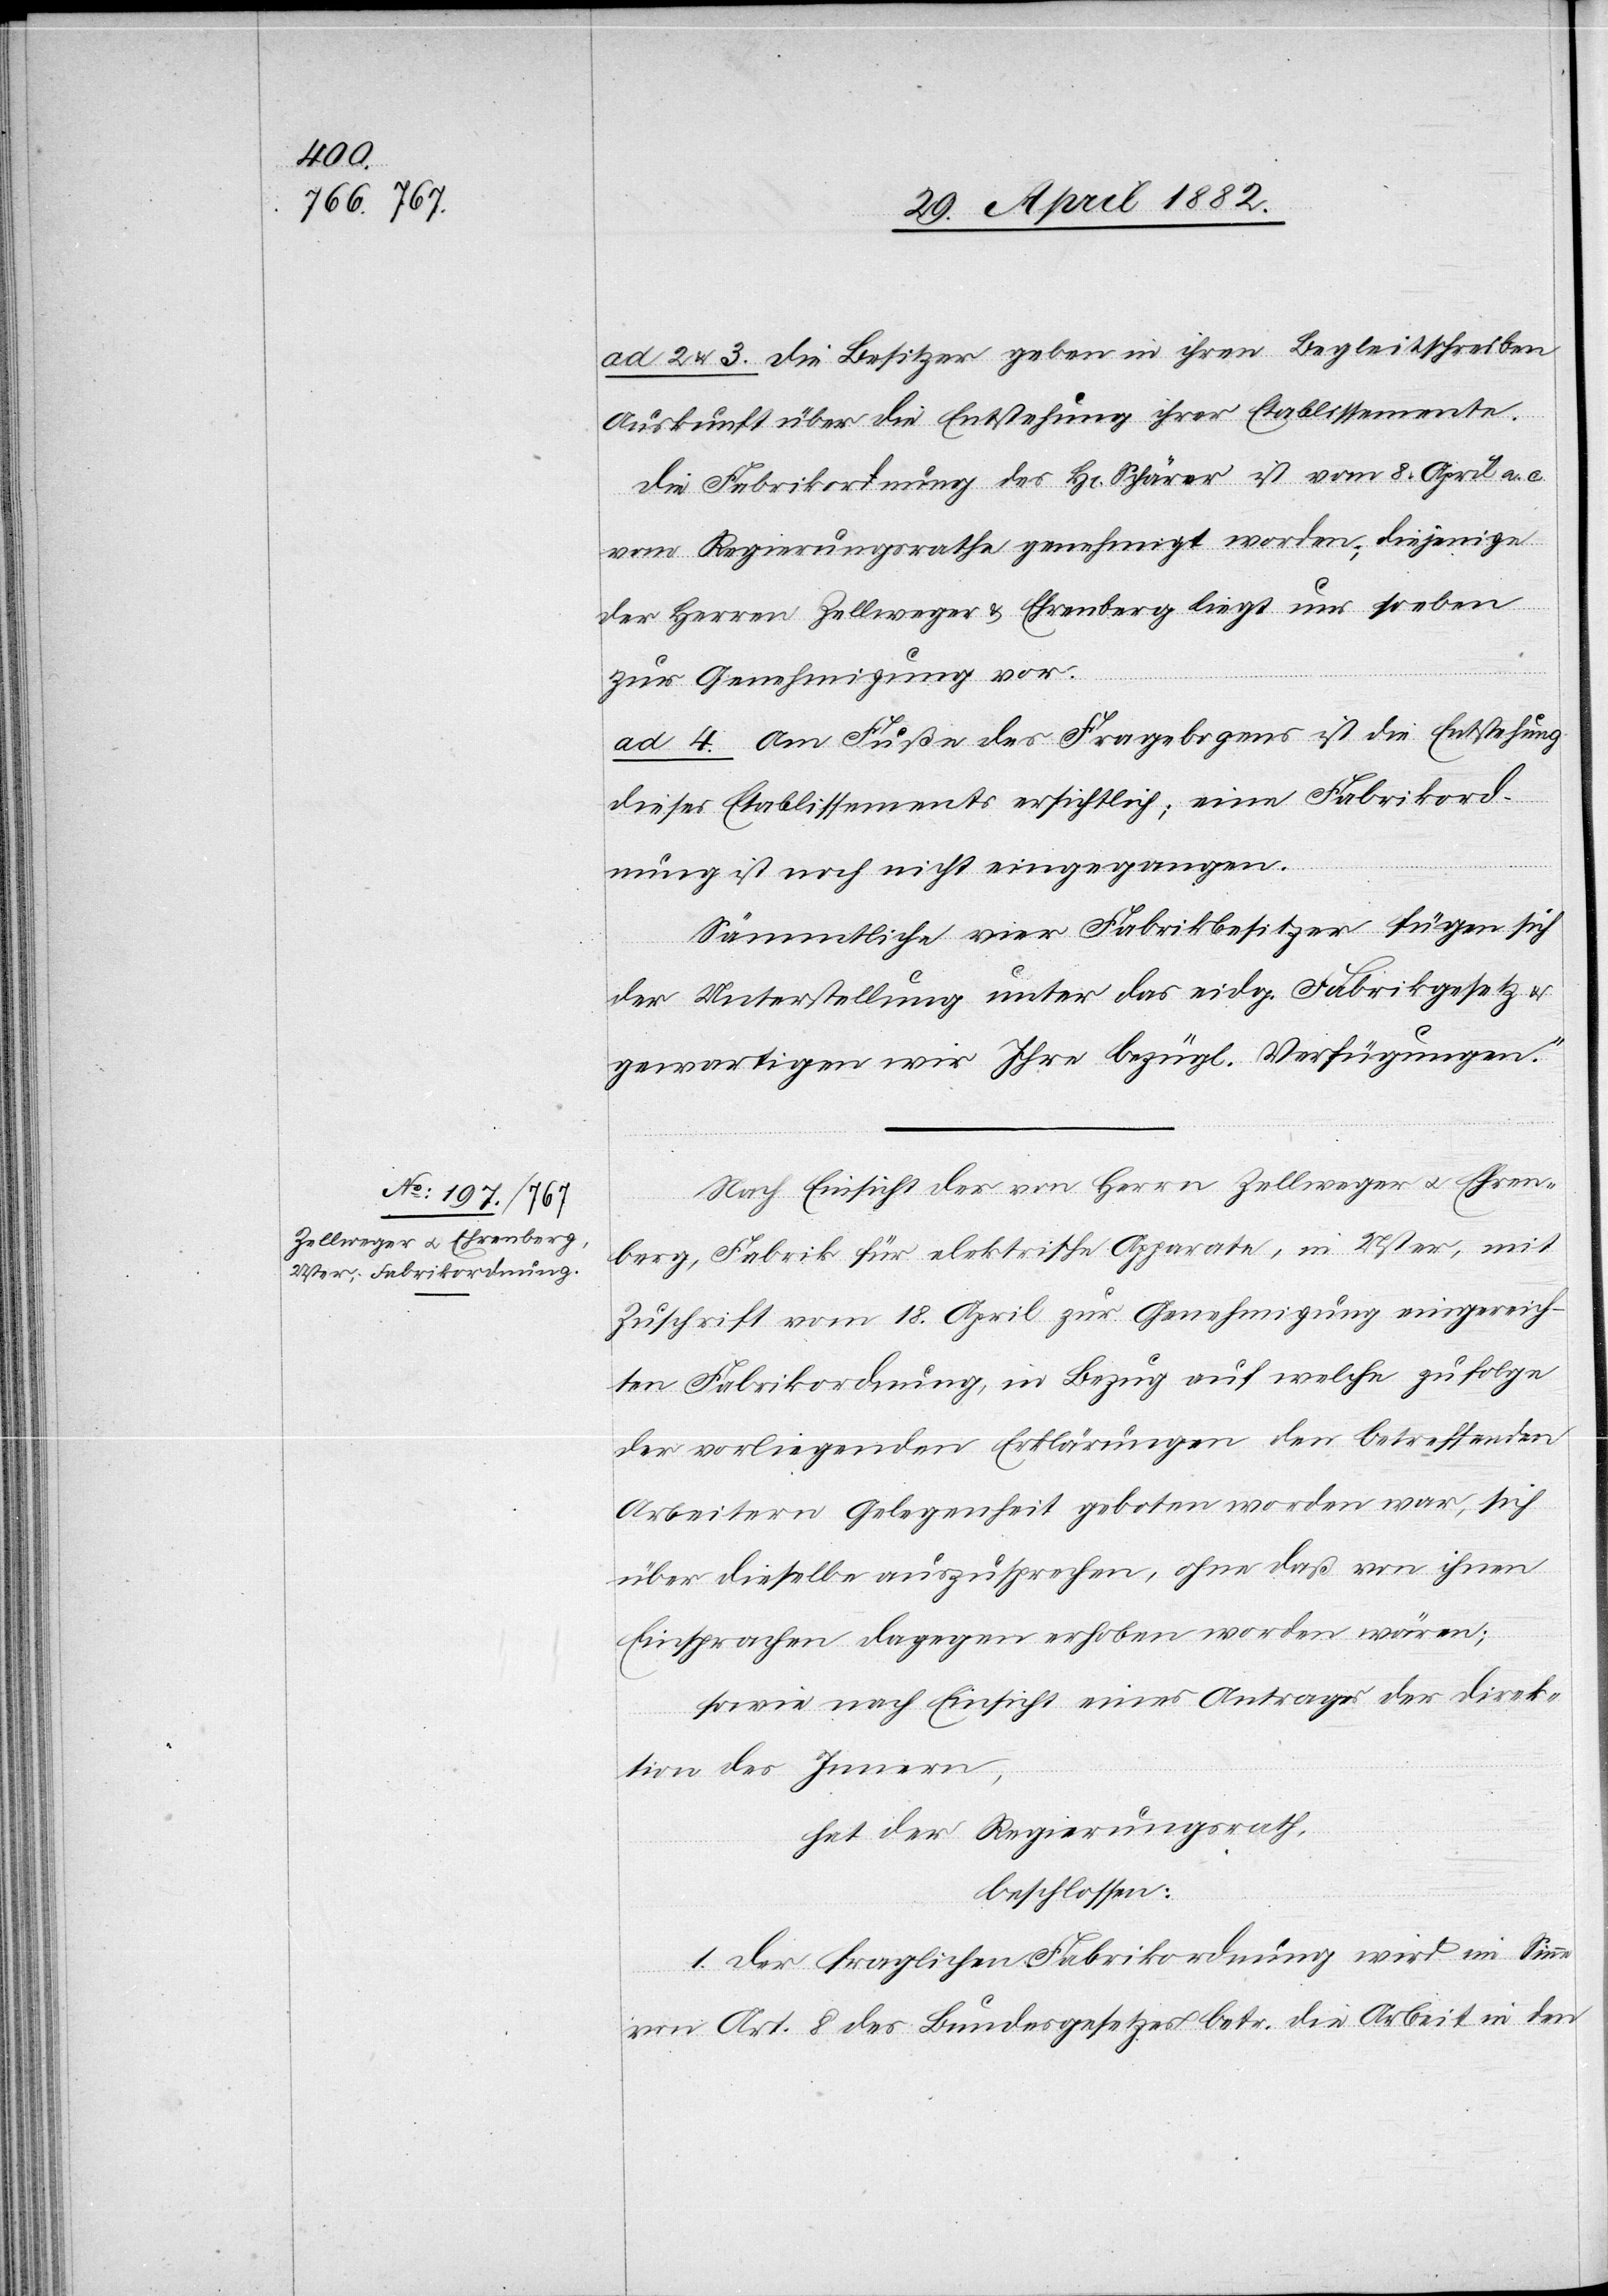
ad 2 & 3. Die Besitzer geben in ihren Begleitschreiben
Auskunft über die Entstehung ihrer Etablissemente.
Die Fabrikordnung des Hr. Schärer ist vom 8. April a. c.
vom Regierungsrathe genehmigt worden; diejenige
der Herren Zellweger & Ehrenberg liegt nun so eben
zur Genehmigung vor.
ad 4. Am Fuße des Fragebogens ist die Entstehung
dieses Etablissements ersichtlich; eine Fabrikord¬
nung ist noch nicht eingegangen.
Sämmtliche vier Fabrikbesitzer fügen sich
der Unterstellung unter das eidg. Fabrikgesetz u.
gewärtigen wir Ihre bezügl. Verfügungen.“
Nach Einsicht der von Herren Zellweger u. Ehren¬
berg, Fabrik für elektrische Apparate, in Uster, mit
Zuschrift vom 18. April zur Genehmigung eingereich¬
ten Fabrikordnung, in bezug auf welche zufolge
der vorliegenden Erklärungen den betreffenden
Arbeitern Gelegenheit gegeben worden war, sich
über dieselbe auszusprechen, ohne daß von ihnen
Einsprachen dagegen erhoben worden wären;
sowie nach Einsicht eines Antrages der Direk¬
tion des Innern,
hat der Regierungsrath,
beschlossen:
1. Der fraglichen Fabrikordnung wird im Sinne
von Art. 8 des Bundesgesetzes betr. die Arbeit in den